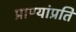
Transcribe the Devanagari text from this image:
प्राण्यांप्रति